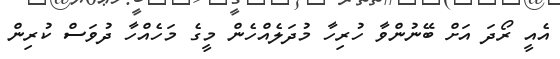
އެއީ ރޯދަ އަށް ބޭނުންވާ ހުރިހާ މުދަލެއްހެން މީގެ މަހެއްހާ ދުވަސް ކުރިން